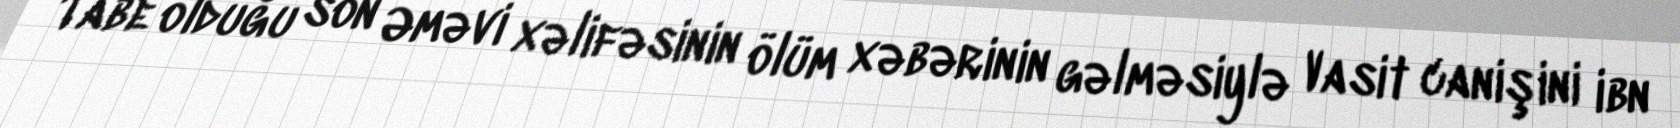
Tabe olduğu son Əməvi xəlifəsinin ölüm xəbərinin gəlməsiylə Vasit canişini ibn